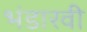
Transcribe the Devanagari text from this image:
भंडारवी